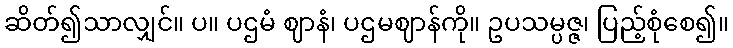
ဆိတ်၍သာလျှင်။ ပ။ ပဌမံ ဈာနံ၊ ပဌမဈာန်ကို။ ဥပသမ္ပဇ္ဇ၊ ပြည့်စုံစေ၍။